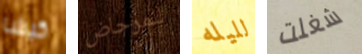
كيشا للمرحاض لليله شغلت